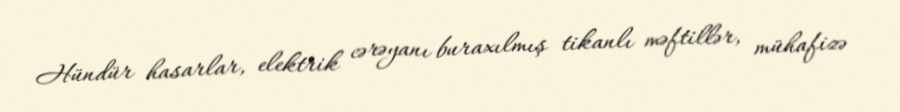
Hündür hasarlar, elektrik cərəyanı buraxılmış tikanlı məftillər, mühafizə